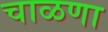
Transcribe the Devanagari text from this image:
चाळणा